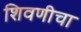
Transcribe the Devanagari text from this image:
शिवणीचा